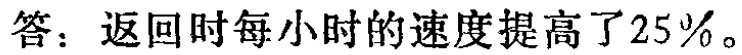
答：返回时每小时的速度提高了\(25\%\)。